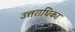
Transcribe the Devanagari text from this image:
उत्तराधिका